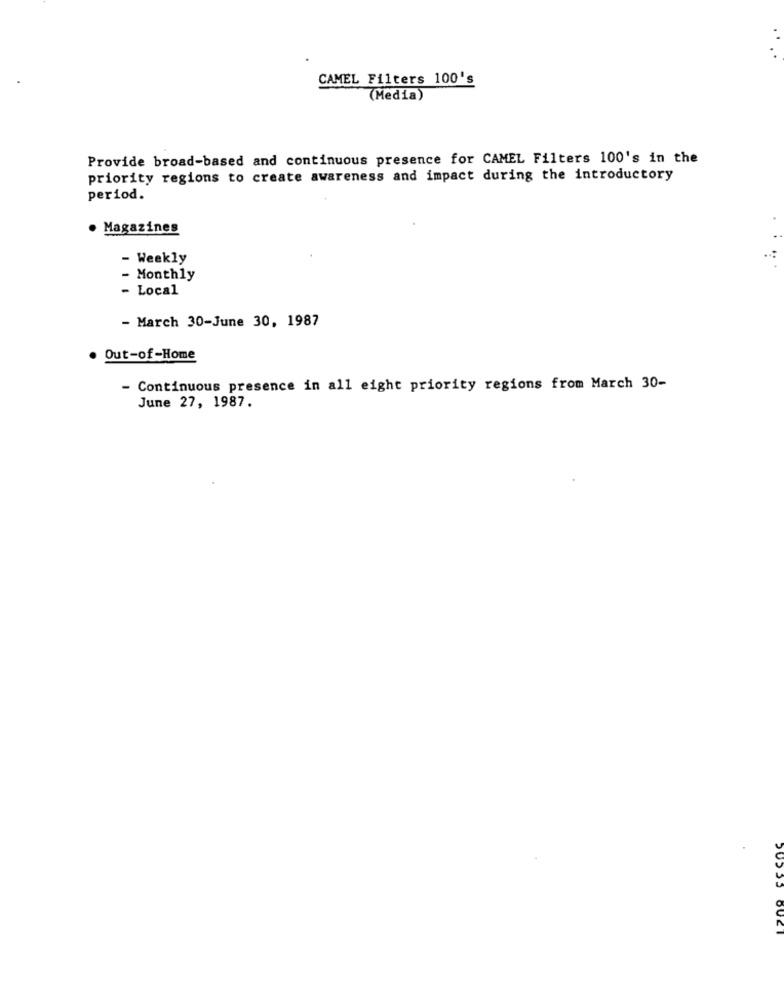
CAMEL Filters 100's
(Media)
Provide broad-based and continuous presence for CAMEL Filters 100's in the
priority regions to create awareness and impact during the introductory
period.
· Magazines
- Weekly
- Monthly
- Local
- March 30-June 30, 1987
Out-of-Home
- Continuous presence in all eight priority regions from March 30-
June 27, 1987.